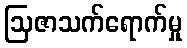
ဩဇာသက်ရောက်မှု